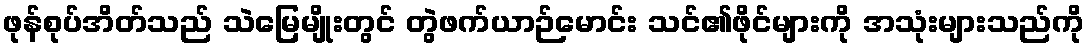
ဖုန်စုပ်အိတ်သည် သဲမြေမျိုးတွင် တွဲဖက်ယာဉ်မောင်း သင်၏ဖိုင်များကို အသုံးများသည်ကို